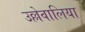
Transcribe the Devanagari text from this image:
उल्लेवालिया